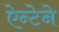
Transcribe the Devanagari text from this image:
ऐन्टेने